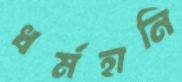
ধর্মহানি